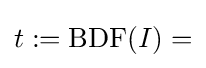
t:=\mathrm {BDF} (I)=